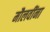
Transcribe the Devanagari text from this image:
मौलवींना